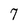
Character: 7